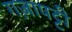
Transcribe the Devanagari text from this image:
गज़ापट्टी